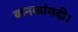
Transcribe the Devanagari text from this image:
कनकांगदी।